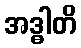
အဒ္ဓါတိ